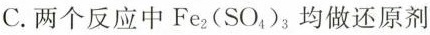
C. 两个反应中Fe_{2}(SO_{4})_{3}均做还原剂